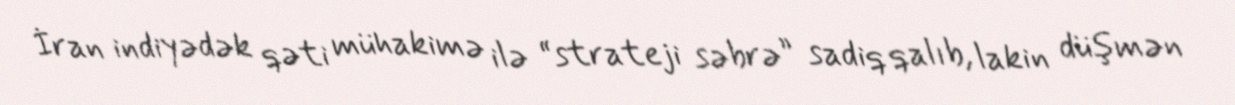
İran indiyədək qəti mühakimə ilə “strateji səbrə” sadiq qalıb, lakin düşmən